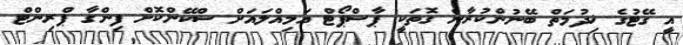
އީ ގޭޓުގެ ޚިދުމަތް ބޭނުންކުރާނެ ގޮތަކީ ޕާސްޕޯޓް އަމިއްލައަށް ސްކޭންކޮށް ފިންގާ ޕްރިންޓް